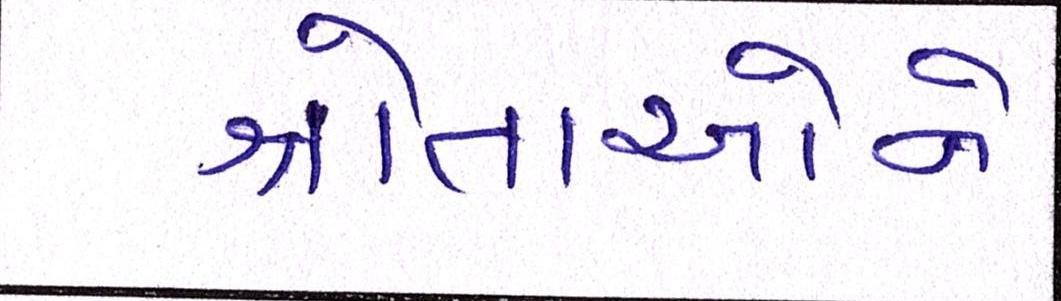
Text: શ્રોતાઓને